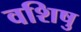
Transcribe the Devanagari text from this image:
वशिषु